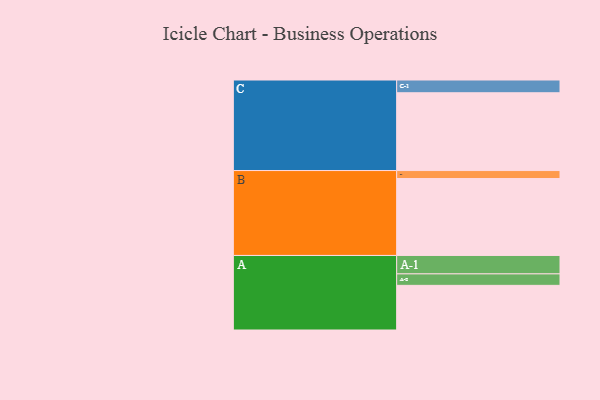
{"axis": {"x": "Segment", "y": "Value"}, "legend": ["", "A", "B", "C"], "data": [{"x": "A", "y": 315, "type": ""}, {"x": "B", "y": 543, "type": ""}, {"x": "C", "y": 549, "type": ""}, {"x": "A-1", "y": 130, "type": "A"}, {"x": "A-2", "y": 81, "type": "A"}, {"x": "B-1", "y": 56, "type": "B"}, {"x": "C-1", "y": 90, "type": "C"}]}